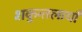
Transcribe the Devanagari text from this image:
शकुन्तलायाँ